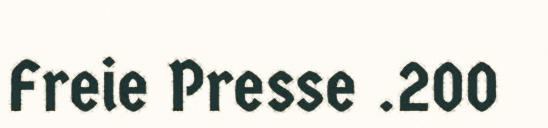
Freie Presse .200